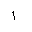
Letter: _alif